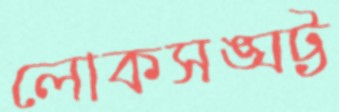
লোকসঙ্ঘট্ট